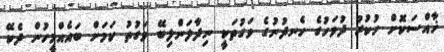
ޚާއްސަކޮށް ހުކުރު ދުވަހުގެ ހެނދުނުގެ ވަގުތަކީ ނިދާލަންލިބޭ ވަގުތު ކަމަށް ބައެއްމީހުން ދެކޭ